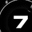
Digit: 7